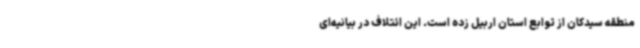
منطقه سیدکان از توابع استان اربیل زده است. این ائتلاف در بیانیه‌ای